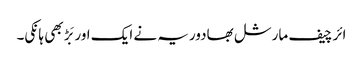
ائر چیف مارشل بھادوریہ نے ایک اور بَڑ بھی ہانکی۔